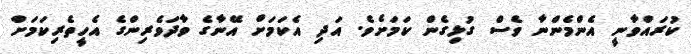
ކުރައްވާނީ އެންމެންނާ ވެސް ގުޅިގެން ކަމަށެވެ. އަދި އެކަމަށް އޭނާގެ ވާދަވެރިންގެ އެހީތެެރިކަމަށް